Vaccination in the Punjab 1897-1904 - 1897-1904
Year: 1897
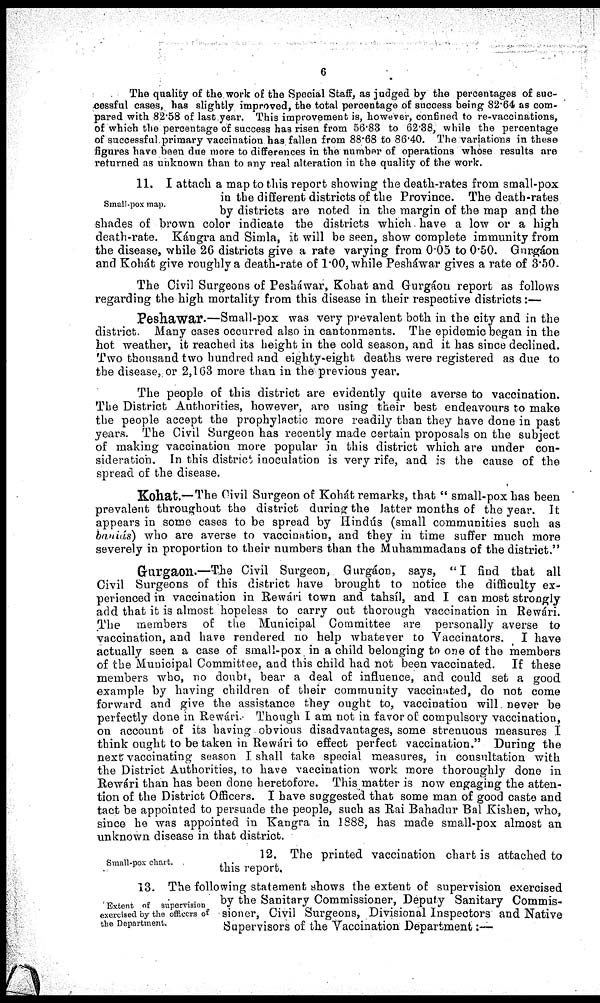
6
The quality of the work of the Special Staff, as judged by the percentages of suc-
cessful cases, has slightly improved, the total percentage of success being 8264 as com¬
pared with 82.58 of last year. This improvement is, however, confined to re-vaccinations,
of which the percentage of success has risen from 56.83 to 62.38, while the percentage
of successful primary vaccination has fallen from 88.68 to 86.40. The variations in these
figures have been due more to differences in the number of operations whose results are
returned as unknown than to any real alteration in the quality of the work.
Small-pox map.
11. I attach a map to this report showing the death-rates from small-pox
in the different districts of the Province. The death-rates
by districts are noted in the margin of the map and the
shades of brown color indicate the districts which have a low or a high
death-rate. Kángra and Simla, it will be seen, show complete immunity from
the disease, while 26 districts give a rate varying from 0.05 to 0.50. Gurgáon
and Kohát give roughly a death-rate of 1.00, while Pesháwar gives a rate of 3.50.
The Civil Surgeons of Pesháwar, Kohat and Gurgáon report as follows
regarding the high mortality from this disease in their respective districts:—
Peshawar.—Small-pox was very prevalent both in the city and in the
district. Many cases occurred also in cantonments. The epidemic began in the
hot weather, it reached its height in the cold season, and it has since declined.
Two thousand two hundred and eighty-eight deaths were registered as due to
the disease, or 2,163 more than in the previous year.
The people of this district are evidently quite averse to vaccination.
The District Authorities, however, are using their best endeavours to make
the people accept the prophylactic more readily than they have done in past
years. The Civil Surgeon has recently made certain proposals on the subject
of making vaccination more popular in this district which are under con-
sideration. In this district inoculation is very rife, and is the cause of the
spread of the disease.
Kohat.—The Civil Surgeon of Kohát remarks, that “small-pox has been
prevalent throughout the district during the latter months of the year. It
appears in some cases to be spread by Hindús (small communities such as
bauiás) who are averse to vaccination, and they in time suffer much more
severely in proportion to their numbers than the Muhammadans of the district."
Gurgaon.—The Civil Surgeon, Gurgáon, says, "I find that all
Civil Surgeons of this district have brought to notice the difficulty ex-
perienced in vaccination in Rewári town and tahsíl, and I can most strongly
add that it is almost hopeless to carry out thorough vaccination in Rewári.
The members of the Municipal Committee are personally averse to
vaccination, and have rendered no help whatever to Vaccinators.
I have
actually seen a case of small-pox in a child belonging to one of the members
of the Municipal Committee, and this child had not been vaccinated.
If these
members who, no doubt, bear a deal of influence, and could set a good
example by having children of their community vaccinated, do not come
forward and give the assistance they ought to, vaccination will never be
perfectly done in Rewári. Though I am not in favor of compulsory vaccination,
on account of its having obvious disadvantages, some strenuous measures I
think ought to be taken in Rewári to effect perfect vaccination." During the
next vaccinating season I shall take special measures, in consultation with
the District Authorities, to have vaccination work more thoroughly done in
Rewári than has been done heretofore. This matter is now engaging the atten-
tion of the District Officers. I have suggested that some man of good caste and
tact be appointed to persuade the people, such as Rai Bahadur Bal Kishen, who,
since he was appointed in Kangra in 1888, has made small-pox almost an
unknown disease in that district.
Small-pox chart.
12. The printed vaccination chart is attached to
this report.
Extent of supervision
exercised by the officers of
the Department.
13. The following statement shows the extent of supervision exercised
by the Sanitary Commissioner, Deputy Sanitary Commis-
sioner, Civil Surgeons, Divisional Inspectors and Native
Supervisors of the Vaccination Department:—